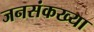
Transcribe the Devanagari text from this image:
जनसंकख्या